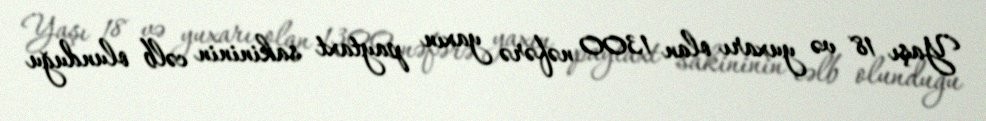
Yaşı 18 və yuxarı olan 1300 nəfərə yaxın paytaxt sakininin cəlb olunduğu